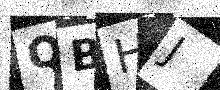
Text: QBHJ